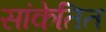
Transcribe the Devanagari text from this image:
सांकेतित